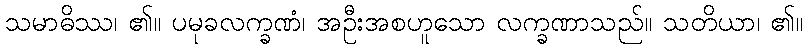
သမာဓိဿ၊ ၏။ ပမုခလက္ခဏံ၊ အဦးအစဟူသော လက္ခဏာသည်။ သတိယာ၊ ၏။